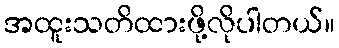
အထူးသတိထားဖို့လိုပါတယ်။